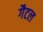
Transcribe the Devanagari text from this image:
गैटल